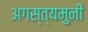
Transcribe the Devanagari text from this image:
अगस्त्यमुनी